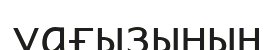
уағызының